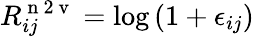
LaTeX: R_{ij}^{\mathrm{~n~2~v~}}=\log\left(1+\epsilon_{ij}\right)